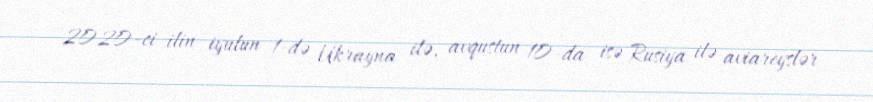
2020-ci ilin iyulun 1-də Ukrayna ilə, avqustun 10-da isə Rusiya ilə aviareyslər